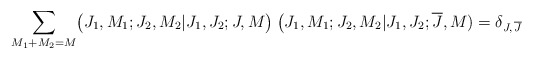
\begin{align*}\sum _{M_1+M_2=M}\bigl(J_1,M_1;J_2,M_2 \vert J_1,J_2;J,M\bigr)\>\bigl(J_1,M_1;J_2,M_2\vert J_1,J_2;{\overline J},M)=\delta_{J,\,{\overline J}}\end{align*}